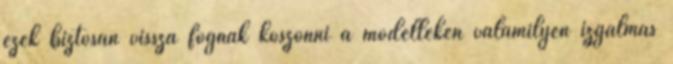
ezek biztosan vissza fognak köszönni a modelleken valamilyen izgalmas